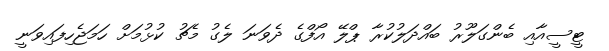
ޓީސީއާއި ބެންގަލޫރު ބައްދަލުކުރާ ޕްލޭ އޯފްގެ ދެވަނަ ލެގު މެޗު ކުޅުމަށް ހަމަޖެހިފައިވަނީ